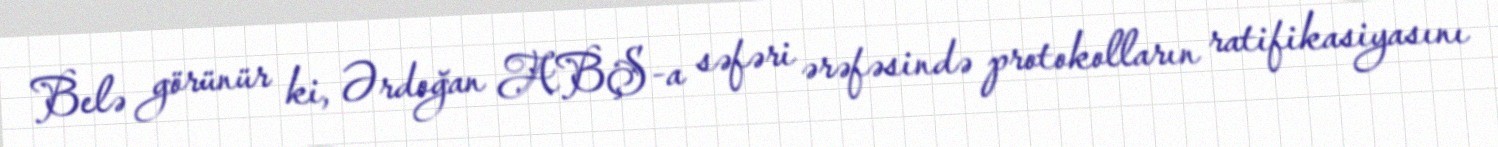
Belə görünür ki, Ərdoğan ABŞ-a səfəri ərəfəsində protokolların ratifikasiyasını